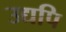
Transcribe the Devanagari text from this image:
उद्यपि